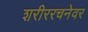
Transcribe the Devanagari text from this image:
शरीररचनेवर